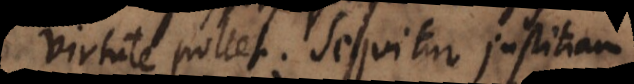
virtute pollet; sequitur justitiam